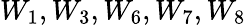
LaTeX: W_{1},W_{3},W_{6},W_{7},W_{8}